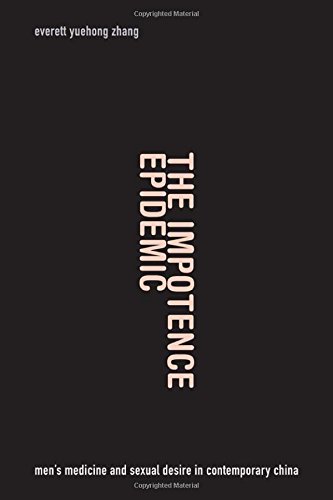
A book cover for The Impotence Epidemic: Men's Medicine and Sexual Desire in Contemporary China (Critical Global Health: Evidence, Efficacy, Ethnography); Everett Yuehong Zhang; Parenting & Relationships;